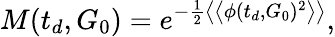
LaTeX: M(t_{d},G_{0})=e^{-\frac{1}{2}\left\langle\left\langle\phi(t_{d},G_{0})^{2}\right\rangle\right\rangle},